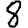
Digit: 8